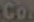
Co.